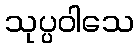
သုပ္ပဝါသေ